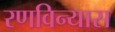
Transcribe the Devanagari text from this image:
रणविन्यास